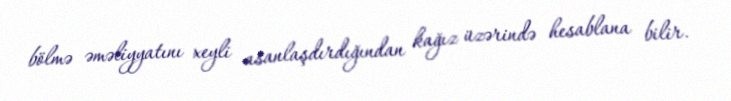
bölmə əməliyyatını xeyli asanlaşdırdığından kağız üzərində hesablana bilir.